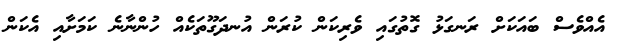
އެއްވެސް ބައަކަށް ރަނގަޅު ގޮތުގައި ވެރިކަން ކުރަން އުނދަގޫތަކެއް ހުންނާނެ ކަމަށާއި އެކަން